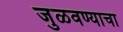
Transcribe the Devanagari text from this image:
जुळवण्याचा